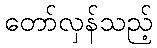
တော်လှန်သည့်